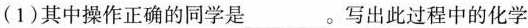
(1)其中操作正确的同学是___。写出此过程中的化学